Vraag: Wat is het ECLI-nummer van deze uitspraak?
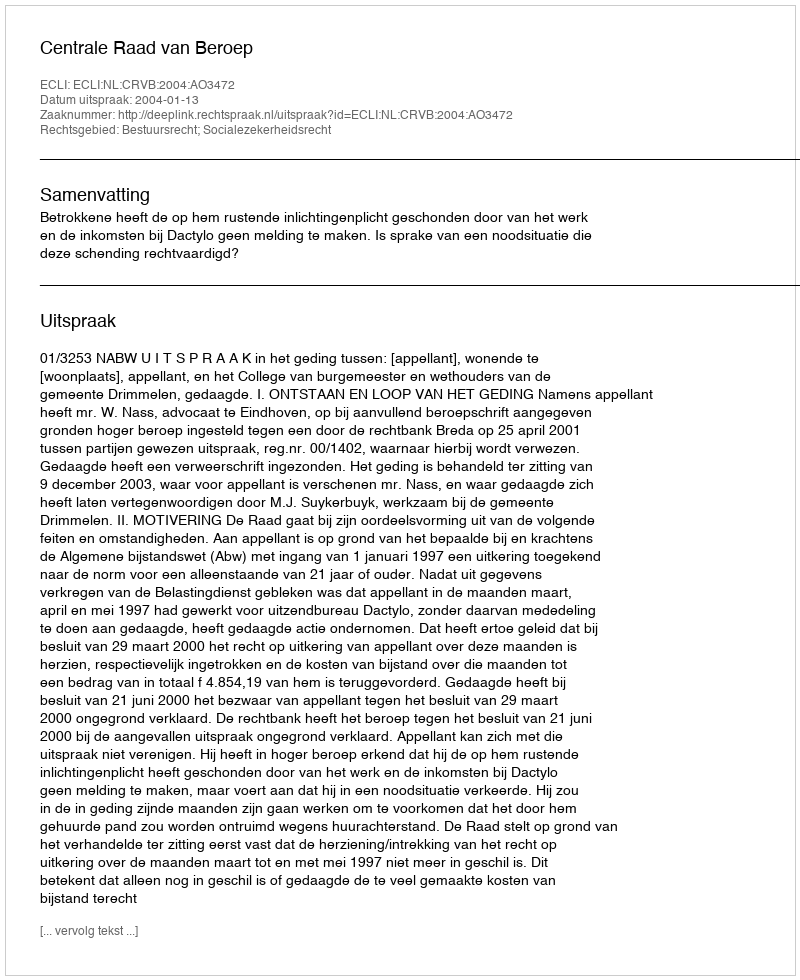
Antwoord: ECLI:NL:CRVB:2004:AO3472